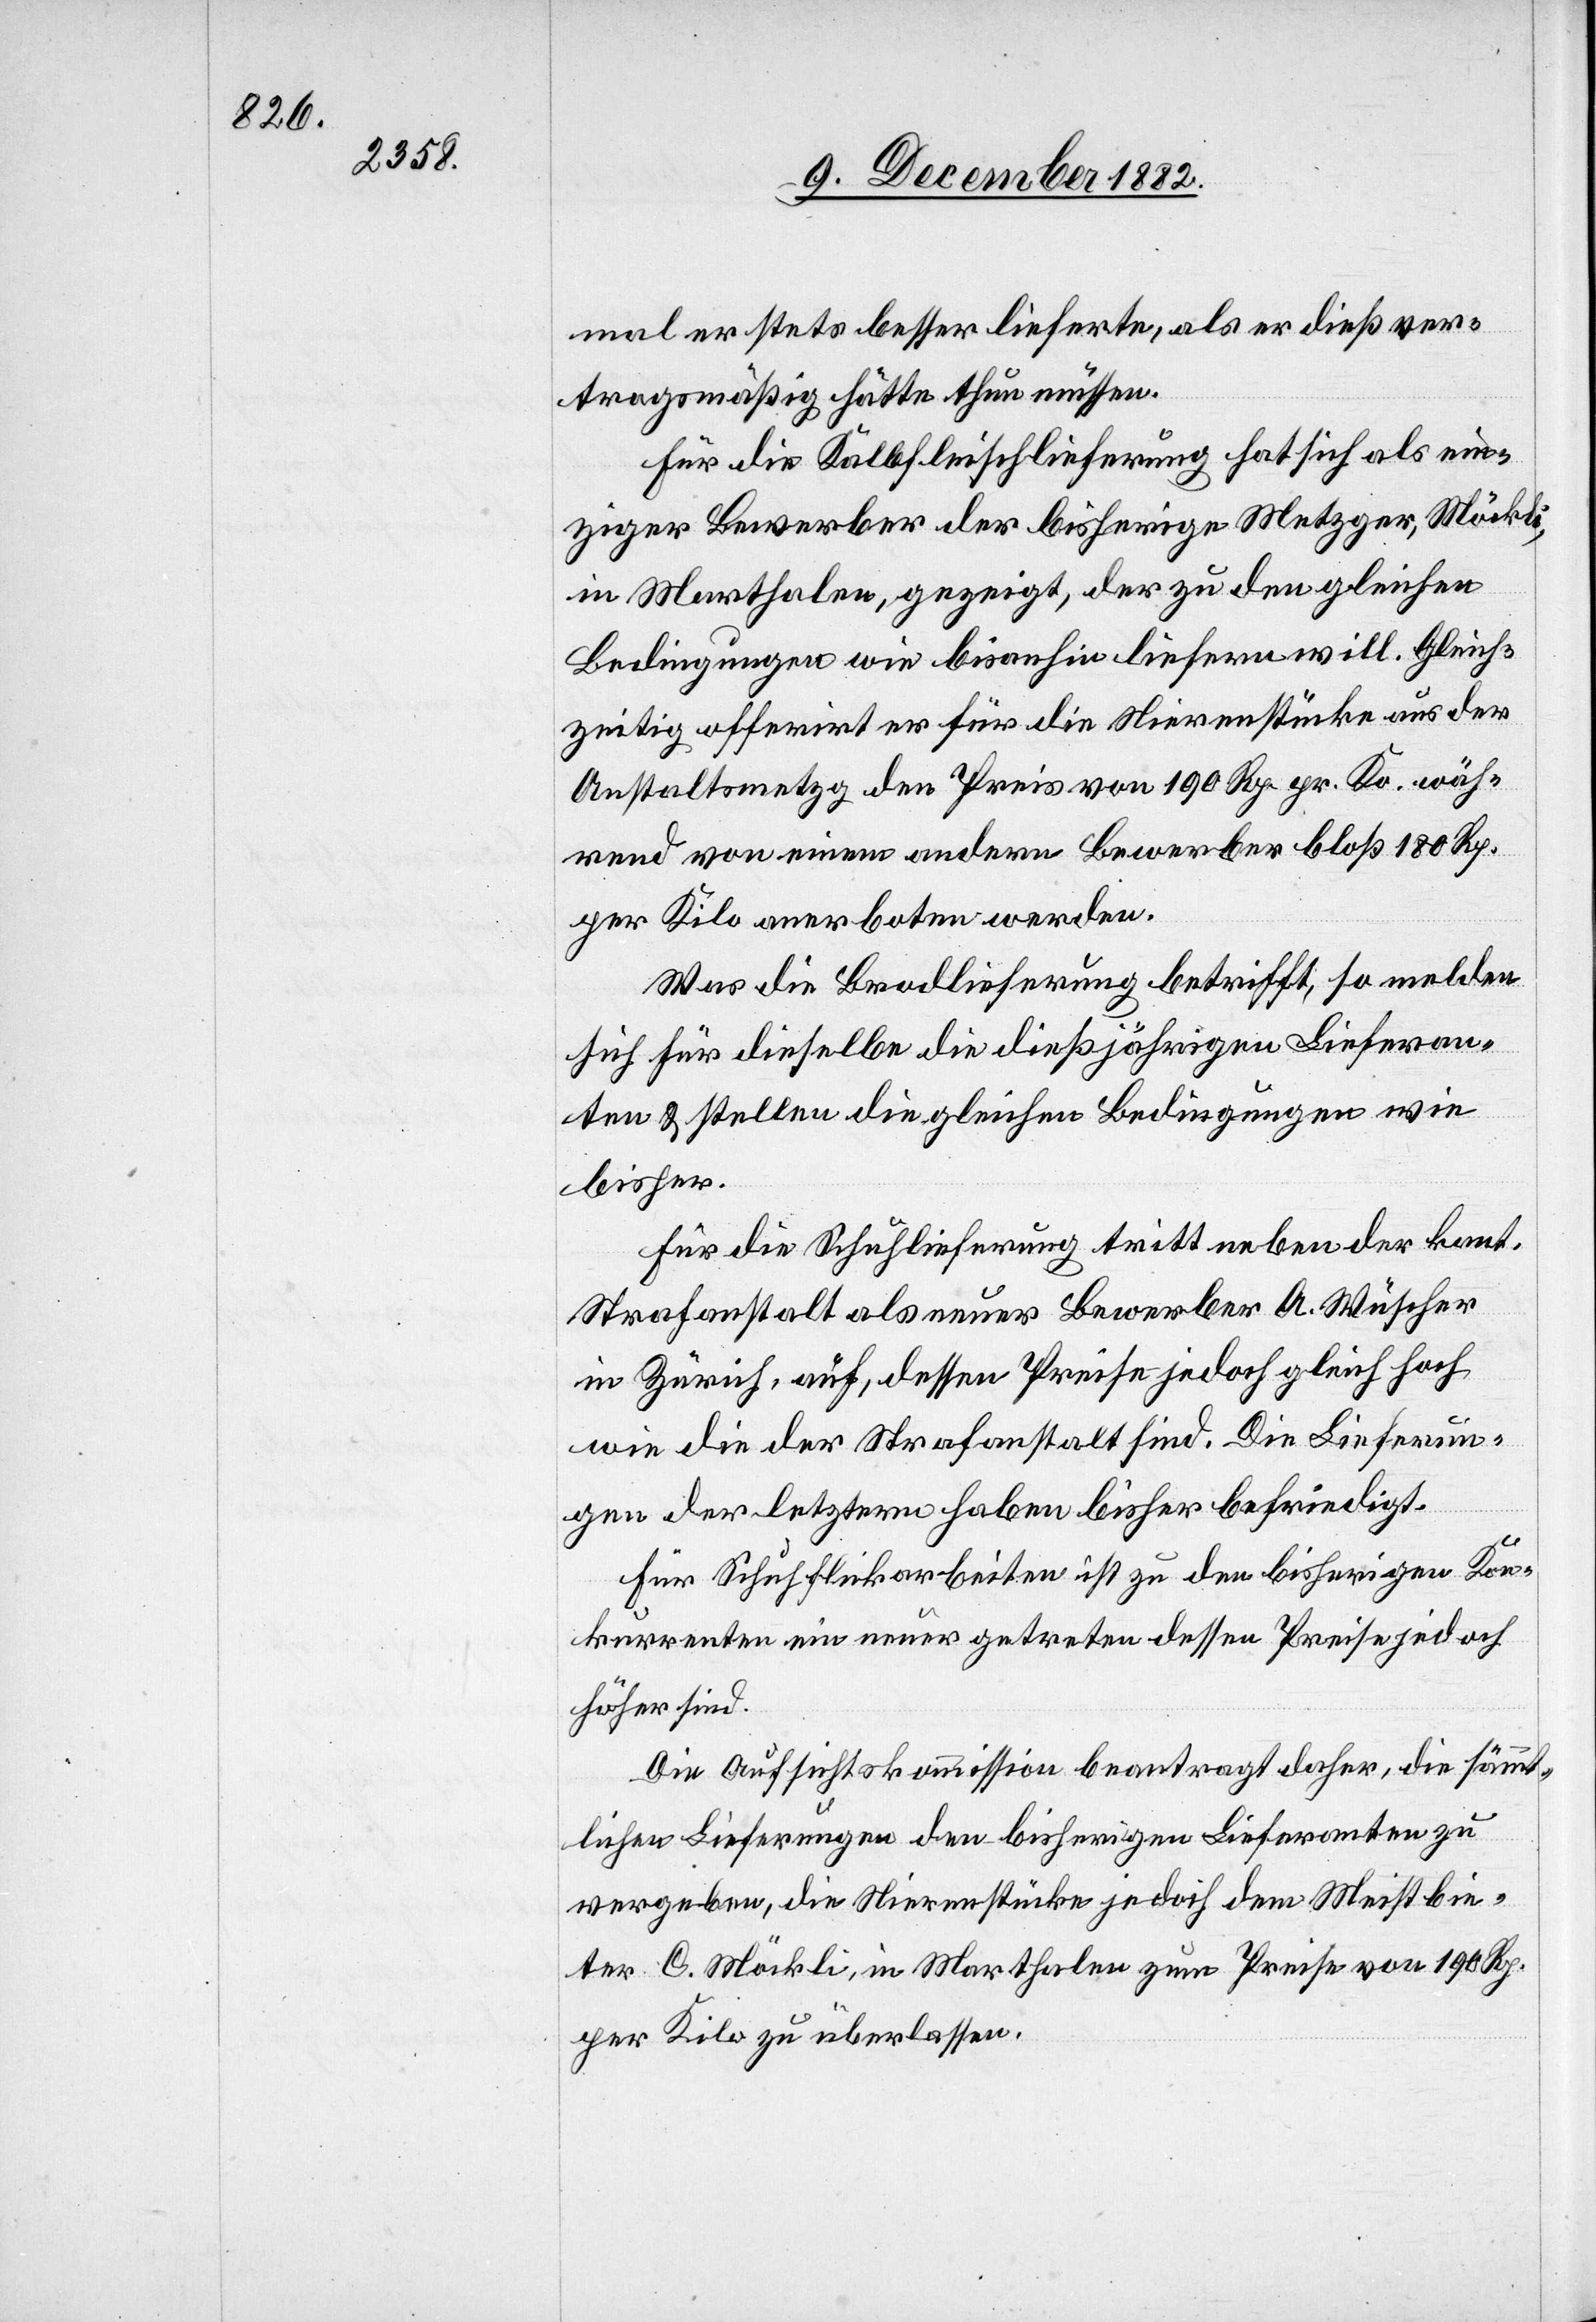
mal er stets besser lieferte, als er dieß ver¬
tragsmäßig hätte thun müssen.
Für die Kalbfleischlieferung hat sich als ein¬
ziger Bewerber der bisherige Metzger, Möckli,
in Marthalen, gezeigt, der zu den gleichen
Bedingungen wie bisanhin liefern will. Gleich¬
zeitig offerirt er für die Nierenstücke aus der
Anstaltsmetzg den Preis von 190 Rp. pr. Ko. wäh¬
rend von einem andern Bewerber bloß 180 Rp.
per Kilo anerboten werden.
Was die Brodlieferung betrifft, so melden
sich für dieselbe die dießjährigen Lieferan¬
ten & stellen die gleichen Bedingungen wie
bisher.
Für die Schuhlieferung tritt neben der kant.
Strafanstalt als neuer Bewerber A. Wüscher
in Zürich, auf, dessen Preise jedoch gleich hoch
wie die der Strafanstalt sind. Die Lieferun¬
gen der letztern haben bisher befriedigt.
Für Schuhflickarbeiten ist zu den bisherigen Kon¬
kurrenten ein neuer getreten dessen Preise jedoch
höher sind.
Die Aufsichtskommission beantragt daher, die sämmt¬
lichen Lieferungen den bisherigen Lieferanten zu
vergeben, die Nierenstücke jedoch dem Meistbieten¬
den C. Möckli, in Marthalen zum Preise von 190 Rp.
per Kilo zu überlassen.